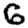
Digit: 6